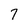
Character: 7